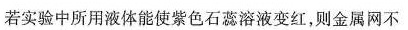
若实验中所用液体能使紫色石蕊溶液变红，则金属网不